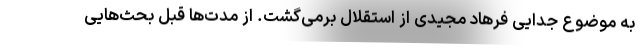
به موضوع جدایی فرهاد مجیدی از استقلال برمی‌گشت. از مدت‌ها قبل بحث‌هایی